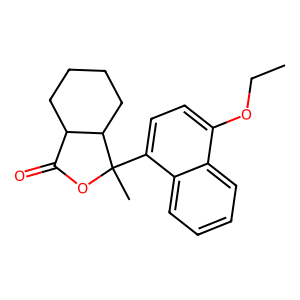
SMILES: CCOc1ccc(C2(C)OC(=O)C3CCCCC32)c2ccccc12
Inhibits HIV replication: No